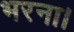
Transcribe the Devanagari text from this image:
भरना।